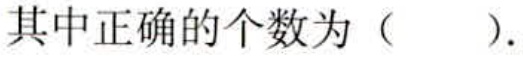
其中正确的个数为（  ）.